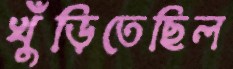
খুঁড়িতেছিল